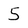
Character: 5